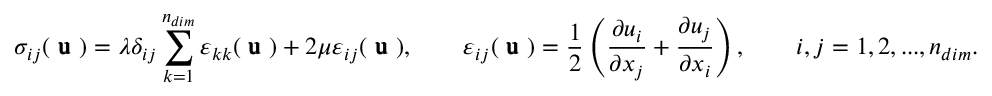
\sigma _ { i j } ( \mathrm { \pmb { ~ u ~ } } ) = \lambda \delta _ { i j } \sum _ { k = 1 } ^ { { n _ { d i m } } } \varepsilon _ { k k } ( \mathrm { \pmb { ~ u ~ } } ) + 2 \mu \varepsilon _ { i j } ( \mathrm { \pmb { ~ u ~ } } ) , \quad \quad \varepsilon _ { i j } ( \mathrm { \pmb { ~ u ~ } } ) = \frac { 1 } { 2 } \left( \frac { \partial u _ { i } } { \partial x _ { j } } + \frac { \partial u _ { j } } { \partial x _ { i } } \right) , \quad \quad i , j = 1 , 2 , . . . , { n _ { d i m } } .